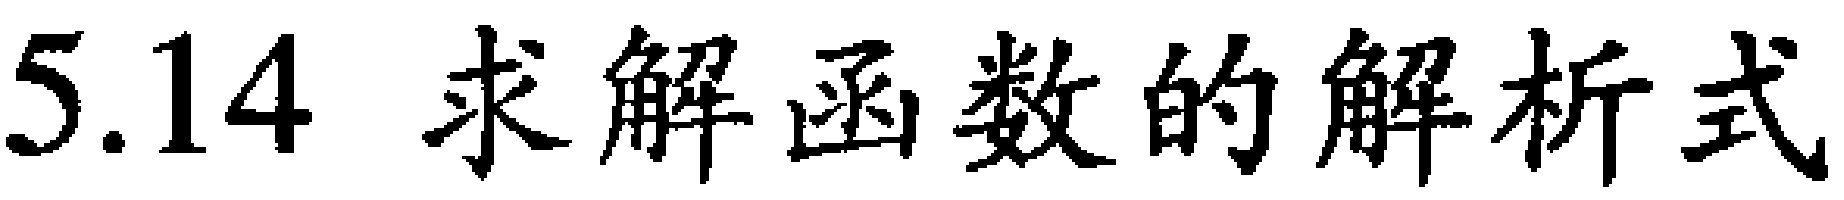
5.14 求解函数的解析式